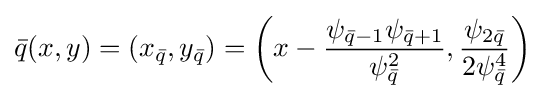
{\bar {q}}(x,y)=(x_{\bar {q}},y_{\bar {q}})=\left(x-{\frac {\psi _{{\bar {q}}-1}\psi _{{\bar {q}}+1}}{\psi _{\bar {q}}^{2}}},{\frac {\psi _{2{\bar {q}}}}{2\psi _{\bar {q}}^{4}}}\right)